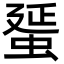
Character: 蜑